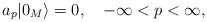
LaTeX: \begin{align*}a_{p}|0_{M}\rangle=0,\quad -\infty<p<\infty,\end{align*}